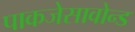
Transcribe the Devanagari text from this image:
पाकजेसावोन्ड